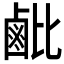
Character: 𬸲